Report on enteric fever
Disease focus: Fever
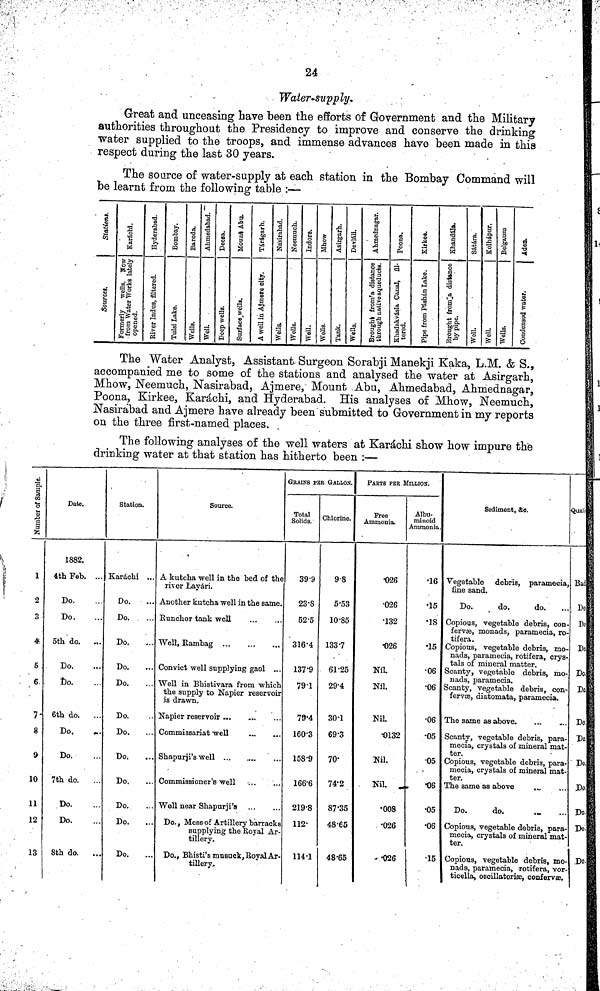
24
Water-supply.
Great and unceasing have been the efforts of Government and the Military
authorities throughout the Presidency to improve and conserve the drinking
water supplied to the troops, and immense advances have been made in this
respect during the last 30 years.
The source of water-supply at each station in the Bombay Command will
be learnt from the following table :—
River Indus, Altered.
The Water Analyst, Assistant Surgeon Sorabji Manekji Kaka, L.M. & S.,
accompanied me to some of the stations and analysed the water at Asirgarh,
Mhow, Neemuch, Nasirabad, Ajmere, Mount Abu, Ahmedabad, Ahmednagar,
Poona, Kirkee, Kárachi, and Hyderabad. His analyses of Mhow, Neemuch,
Wasirabad and Ajmere have already been submitted to Government in my reports
on the three first-named places.
The following analyses of the well waters at Karáchi show how impure the
drinking water at that station has hitherto been :—
Number of Sample
1
2
3
4
5 .
6
7
8
9
10
11
12
13
Date.
1882.
4th Feb. ...
Do.
Do. ...
5th do. ...
Do. ...
Do. ...
6th do. ..
Do.
...
Do.
7th do.
Do.
Do.
8th do.
Station.
Karáchi ...
Do. ...
Do. ..
Do. ...
Do. ...
Do.
Do. ...
Do. ...
Do.
Do.
Do.
Do.
Do.
Source.
A kutcha well in the bed of the
river Layári.
Another kutcha well in the same.
Runchor tank well ...
Well, Rambag
...
...
...
Convict well supplying gaol ...
Well in Bhistivara from which
the supply to Napier reservoir
is drawn.
Napier reservoir ... ... ...
Commissariat well
Shapurji's well ... ... ...
Commissioner's well ... ...
Well near Shapurji's ... ...
Do., Mess of Artillery barracks
supplying the Royal Ar-
tillery.
Do., Bhisti's musuck, Royal Ar-
tillery.
GRAINS PER GALLON.
Total
Solids.
39 9
23 8
52 5
316 4
137 9
79 1
79 4
160 3
158 9
166 6
219 8
112
114 1
Chlorine.
98
5 53
10 85
133 7
61 25
29 4
30 1
69 3
70
74 2
87 35
48 65
48 65
PARTS PER MILLION.
Free
Ammonia.
026
026
132
026
Níl.
Nil.
Nil.
0132
Nil.
Nil.
008
026
026
Albu-
minoid
Ammonia.
16
15
18
15
06
06
06
05
05
06
05
06
15
Sediment, &c.
Vegetable debris, paramecia.
fine sand.
Do.
do.
do.
Copious, vegetable debris, con-
fervæ, monads, paramecia, ro-
tifera.
Copious, vegetable debris, mo-
nads, paramecia, rotifera, crys-
tals of mineral matter.
Scanty, vegetable debris, mo-
nads, paramecia.
Scanty, vegetable debris, con-
fervæ, diatomata, paramecia.
The same as above-
Scanty, vegetable debris, para-
mecia, crystals of mineral mat-
ter.
Copious, vegetable debris, para-
mecia, crystals of mineral mat-
ter.
The same as above ... ...
Do.
do.
Copious, vegetable debris, para-
mecia, crystals of mineral mat-
ter.
Copious, vegetable debris, mo
nads, paramecia, rotifera, vor
ticella, oscillatoriæ, confervæ.
Qual
Bad
Do
Do
Do
Do.
Do
Do
Do
Do
Do
Do
Do
Do